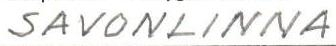
SAVONLINNA